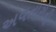
અવતારોની